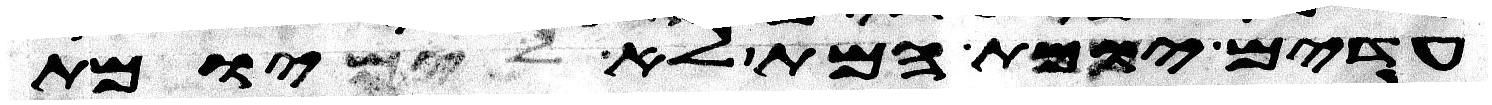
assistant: עדים יומת המת לא יומת